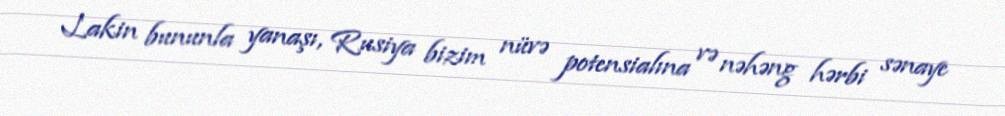
Lakin bununla yanaşı, Rusiya bizim nüvə potensialına və nəhəng hərbi sənaye